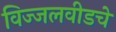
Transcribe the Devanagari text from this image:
विज्जलवीडचे